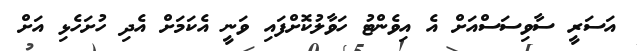
އަސަރީ ސާވިސަސްއަށް އެ އިވެންޓު ހަވާލުކޮށްފައި ވަނީ އެކަމަށް އެދި ހުށަހެޅި އަށް